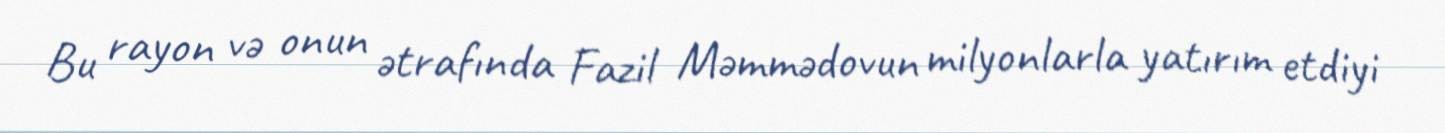
Bu rayon və onun ətrafında Fazil Məmmədovun milyonlarla yatırım etdiyi